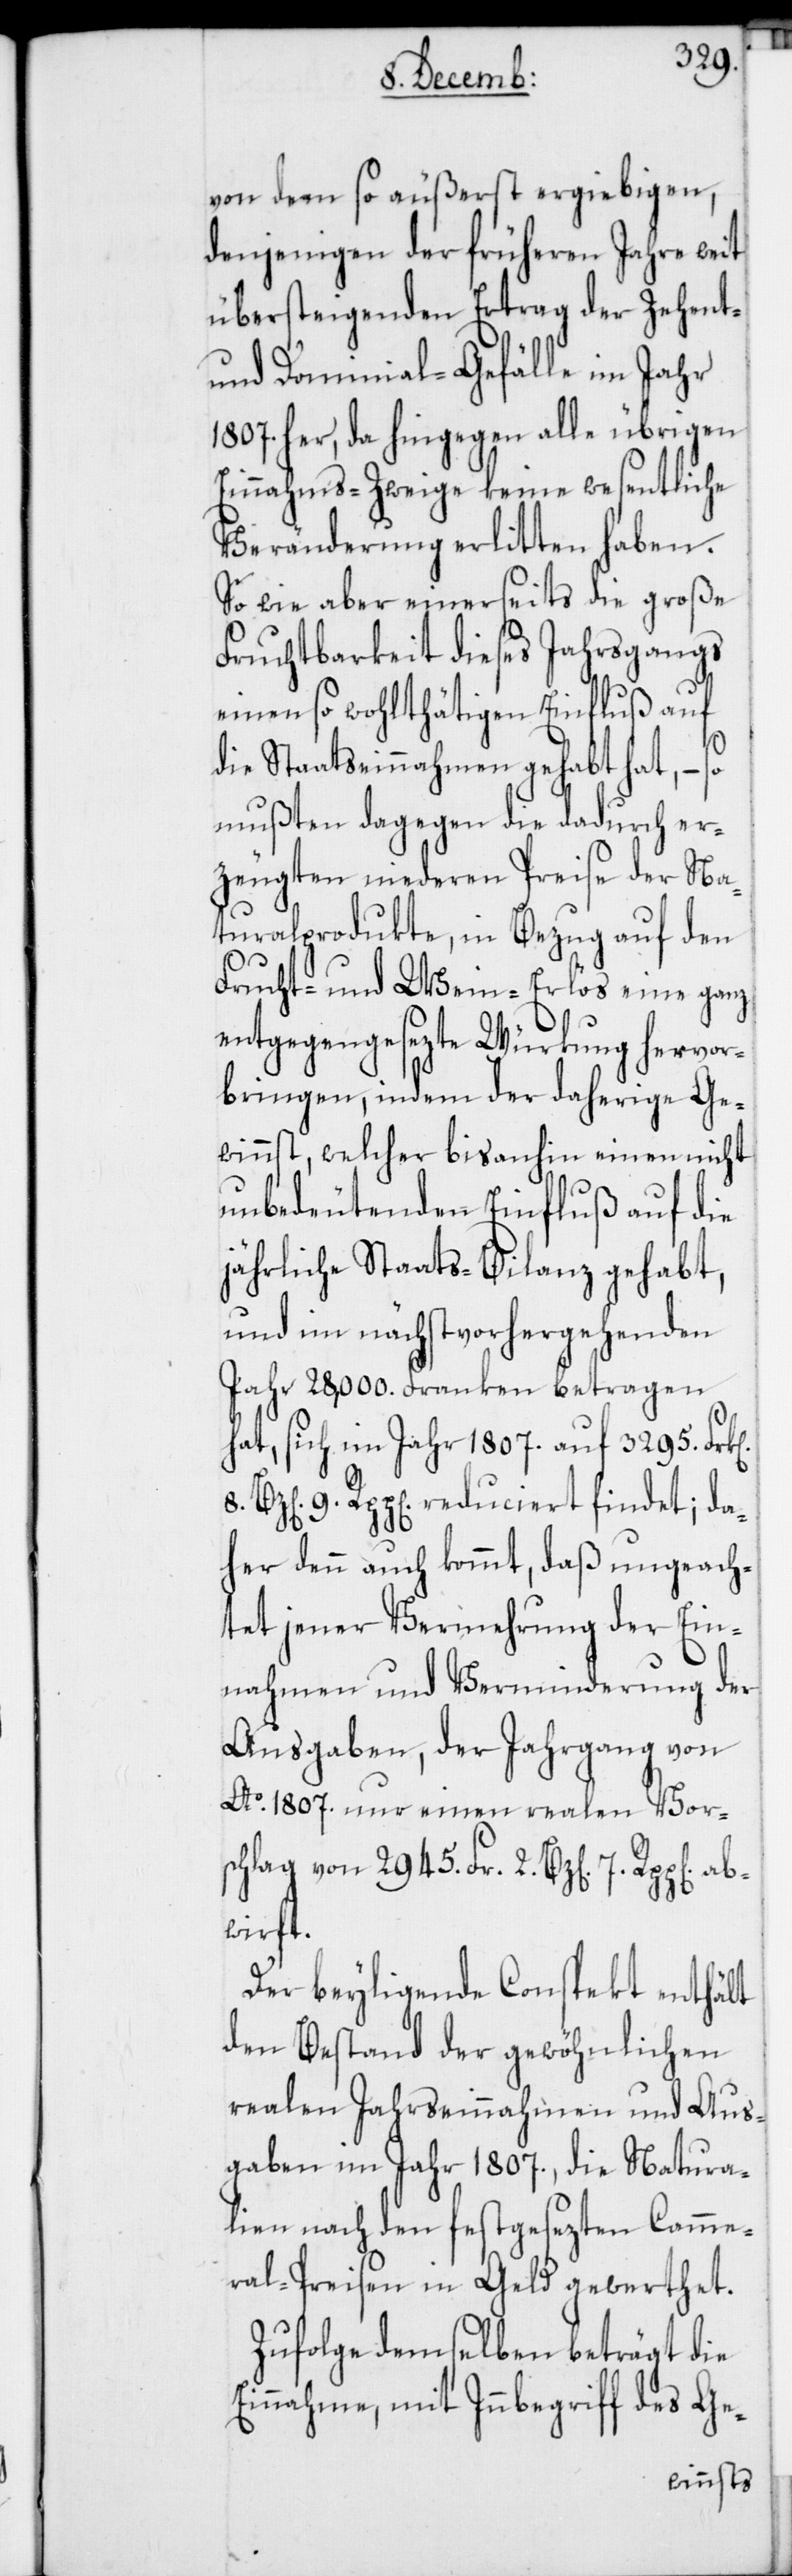
von dem so äußerst ergiebigen,
denjenigen der früheren Jahre weit
übersteigenden Ertrag der Zehent-
und Dominial-Gefälle im Jahr
1807. her, da hingegen alle übrigen
Einnahms-Zweige keine wesentliche
Veränderung erlitten haben.
So wie aber einerseits die große
Fruchtbarkeit dieses Jahrgangs
einen so wohlthätigen Einfluß auf
die Staatseinnahmen gehabt hat, – so
mußten dagegen die dadurch er¬
zeugten niederen Preise der Na¬
turalprodukte, in Bezug auf den
Frucht- und Wein-Erlös eine ganz
entgegengesezte Würkung hervor¬
bringen, indem der daherige Ge¬
winnst, welcher bisanhin einen nicht
unbedeutenden Einfluß auf die
jährliche Staats-Bilanz gehabt,
und im nächst vorhergehenden
Jahr 28,000. Franken betragen
hat, sich im Jahr 1807. auf 3295.
Rpp[en]. reduciert findet; da¬
her denn auch kommt, daß ungeach¬
tet jener Vermehrung der Ein¬
nahmen und Verminderung der
Ausgaben, der Jahrgang von
Ao. 1807. nur einen realen Vor¬
schlag von 2945. Fr. 2. Bz[en] 7.
Der beyligende Conspekt enthält
den Bestand der gewöhnlichen
realen Jahreseinnahmen und [-]Aus¬
gaben im Jahr 1807., die Natura¬
lien nach den festgesezten Camme¬
ral-Preisen in Geld gewerthet.
Zufolge demselben beträgt die
Einnahme, mit Innbegriff des Ge-